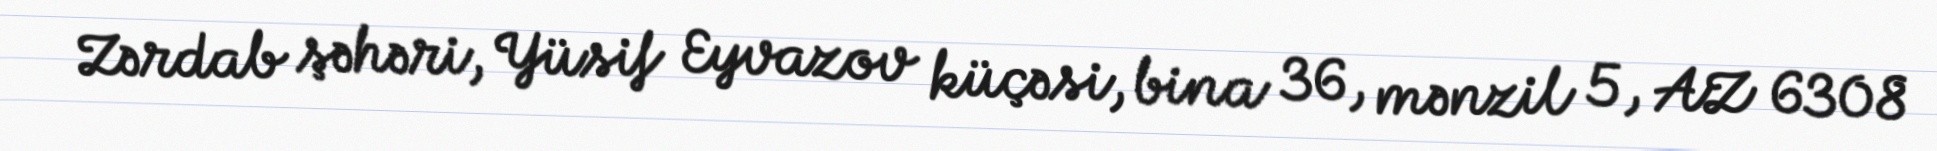
Zərdab şəhəri, Yüsif Eyvazov küçəsi, bina 36, mənzil 5, AZ 6308